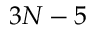
3 N - 5